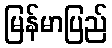
မြန်မာပြည်